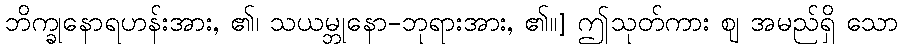
ဘိက္ခုနောရဟန်းအား, ၏၊ သယမ္ဘုနော-ဘုရားအား, ၏။] ဤသုတ်ကား ဈ အမည်ရှိ သော